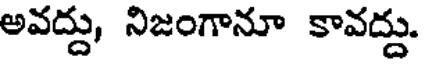
అవద్దు, నిజంగానూ కావద్దు.